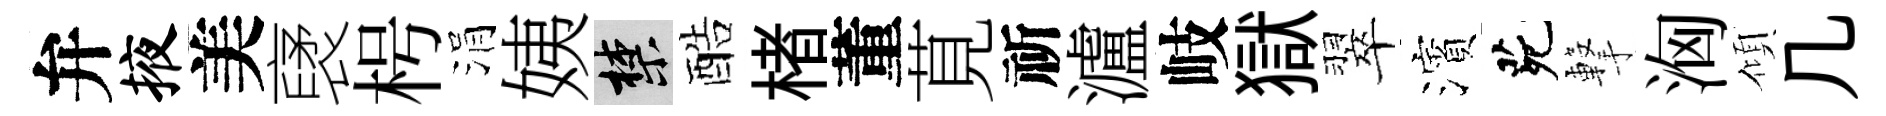
弁掖美裦枵涓姨禁酷楮董莧祈瀘岐獄翠濱茕撃洶傾几